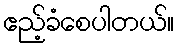
ဧည့်ခံစေပါတယ်။